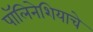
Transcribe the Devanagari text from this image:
पॉलिनेशियाचे